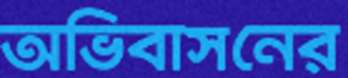
অভিবাসনের